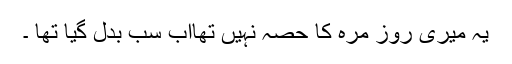
یہ میری روز مرہ کا حصہ نہیں تھااب سب بدل گیا تھا ۔